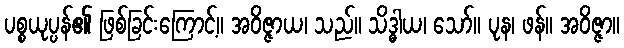
ပစ္စယုပ္ပန်၏ ဖြစ်ခြင်းကြောင့်။ အဝိဇ္ဇာယ၊ သည်။ သိဒ္ဓါယ၊ သော်။ ပုန၊ ဖန်။ အဝိဇ္ဇာ။